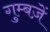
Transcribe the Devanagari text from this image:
गुम्बज़ें